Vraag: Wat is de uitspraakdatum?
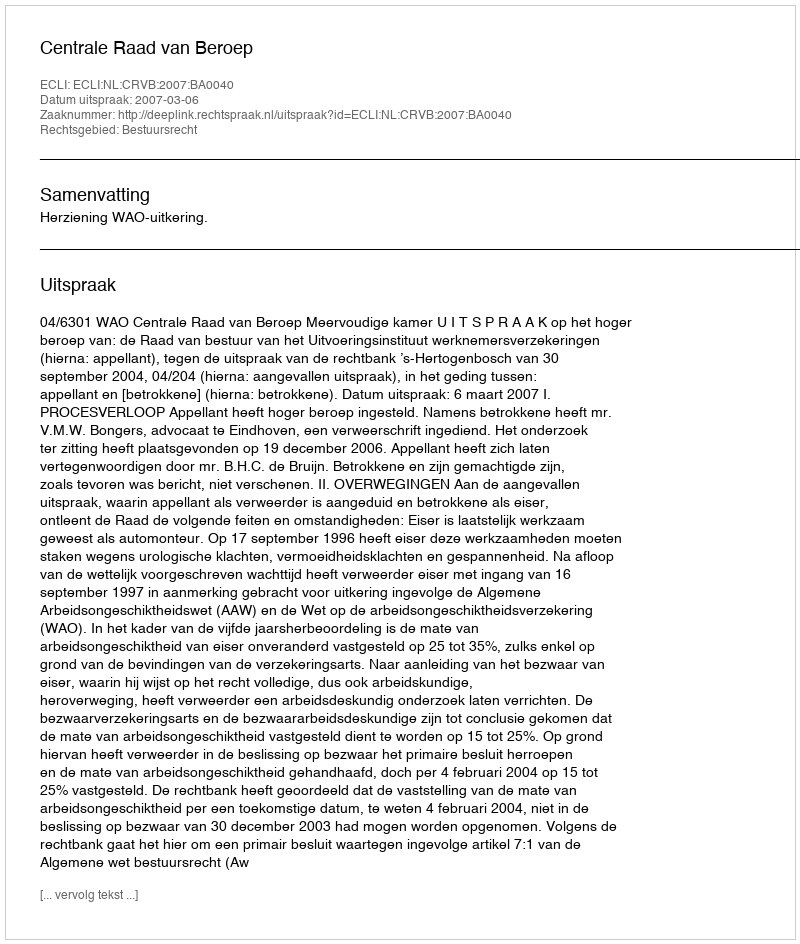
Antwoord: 2007-03-06